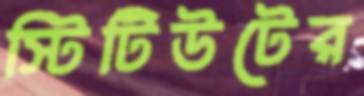
স্টিটিউটের